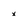
Character: x